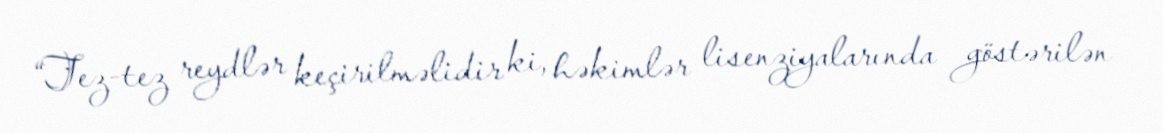
“Tez-tez reydlər keçirilməlidir ki, həkimlər lisenziyalarında göstərilən